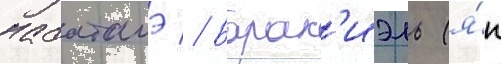
набатамэ // Барак'иэль (я́п